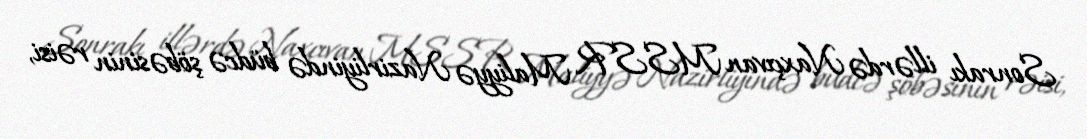
Sonrakı illərdə Naxçıvan MSSR Maliyyə Nazirliyində büdcə şöbəsinin rəisi,